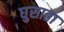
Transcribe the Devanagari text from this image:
घुसाता